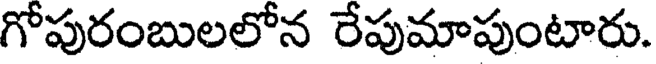
గోపురంబులలోన రేపుమాపుంటారు.